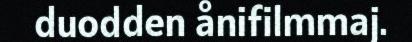
duodden ånifilmmaj.